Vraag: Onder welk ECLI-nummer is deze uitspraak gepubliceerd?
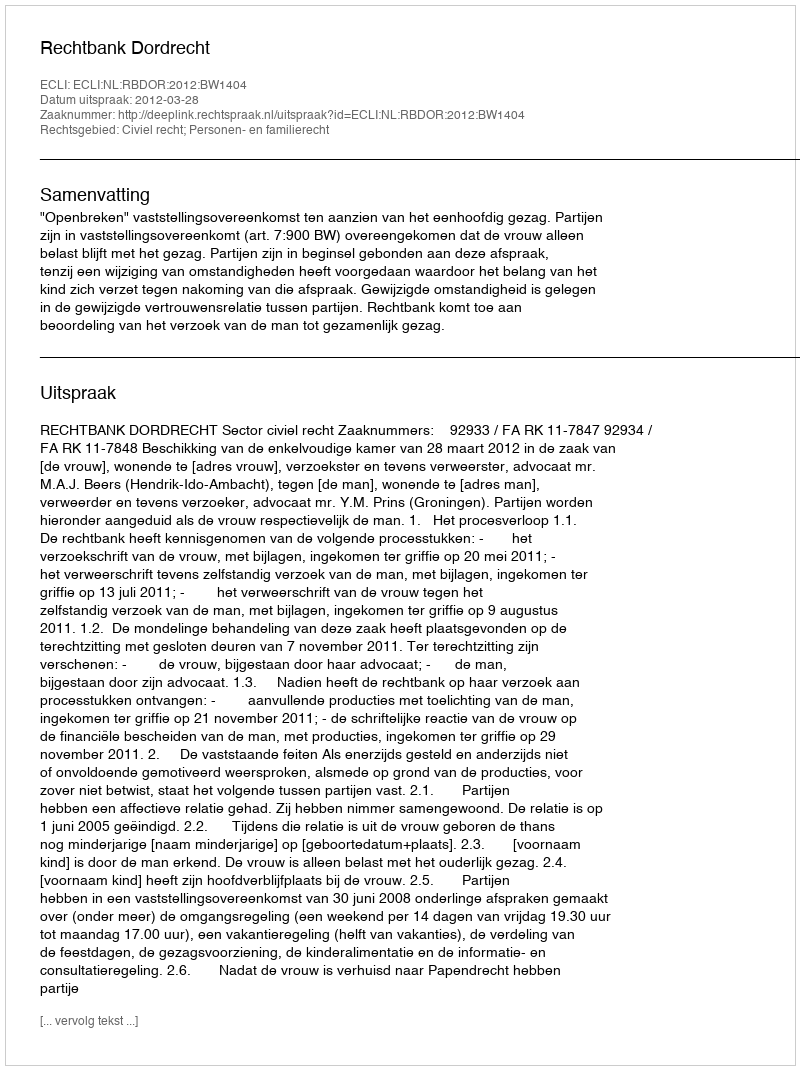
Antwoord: ECLI:NL:RBDOR:2012:BW1404